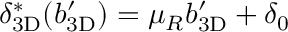
\ensuremath { \delta _ { \mathrm { 3 D } } } ^ { * } ( \ensuremath { b _ { \mathrm { 3 D } } ^ { \prime } } ) = \mu _ { R } \ensuremath { b _ { \mathrm { 3 D } } ^ { \prime } } + \delta _ { 0 }